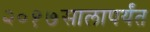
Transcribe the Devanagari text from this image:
२०१७सालापर्यंत